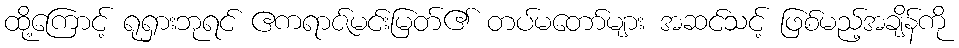
ထို့ကြောင့် ရုရှားဘုရင် ဧကရာဇ်မင်းမြတ်၏ တပ်မတော်များ အဆင်သင့် ဖြစ်မည့်အချိန်ကို